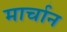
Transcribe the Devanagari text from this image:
मार्चान